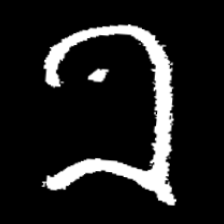
Pyu character \u2014 Myanmar letter: ခ (romanized: kha)